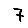
Digit: 7